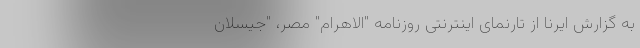
به گزارش ایرنا از تارنمای اینترنتی روزنامه "الاهرام" مصر، "جیسلان